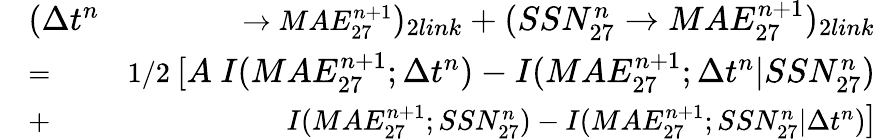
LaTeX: \begin{array}{rlr}&{\large(\Delta t^{n}}&{\rightarrow MAE_{27}^{n+1}\large)_{2link}+\large(SSN_{27}^{n}\rightarrow MAE_{27}^{n+1}\large)_{2link}}\\ &{=}&{1/2\ \large[A\ I(MAE_{27}^{n+1};\Delta t^{n})-I(MAE_{27}^{n+1};\Delta t^{n}|SSN_{27}^{n})}\\ &{+}&{I(MAE_{27}^{n+1};SSN_{27}^{n})-I(MAE_{27}^{n+1};SSN_{27}^{n}|\Delta t^{n})\large]}\end{array}